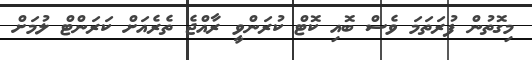
މިގޮތުން ފުރަތަމަ ވެސް ބޮއި ކޮޓް ކުރަންވީ ރާއްޖެ ތެރެއަށް ކަރަންޓް ލުމަށް